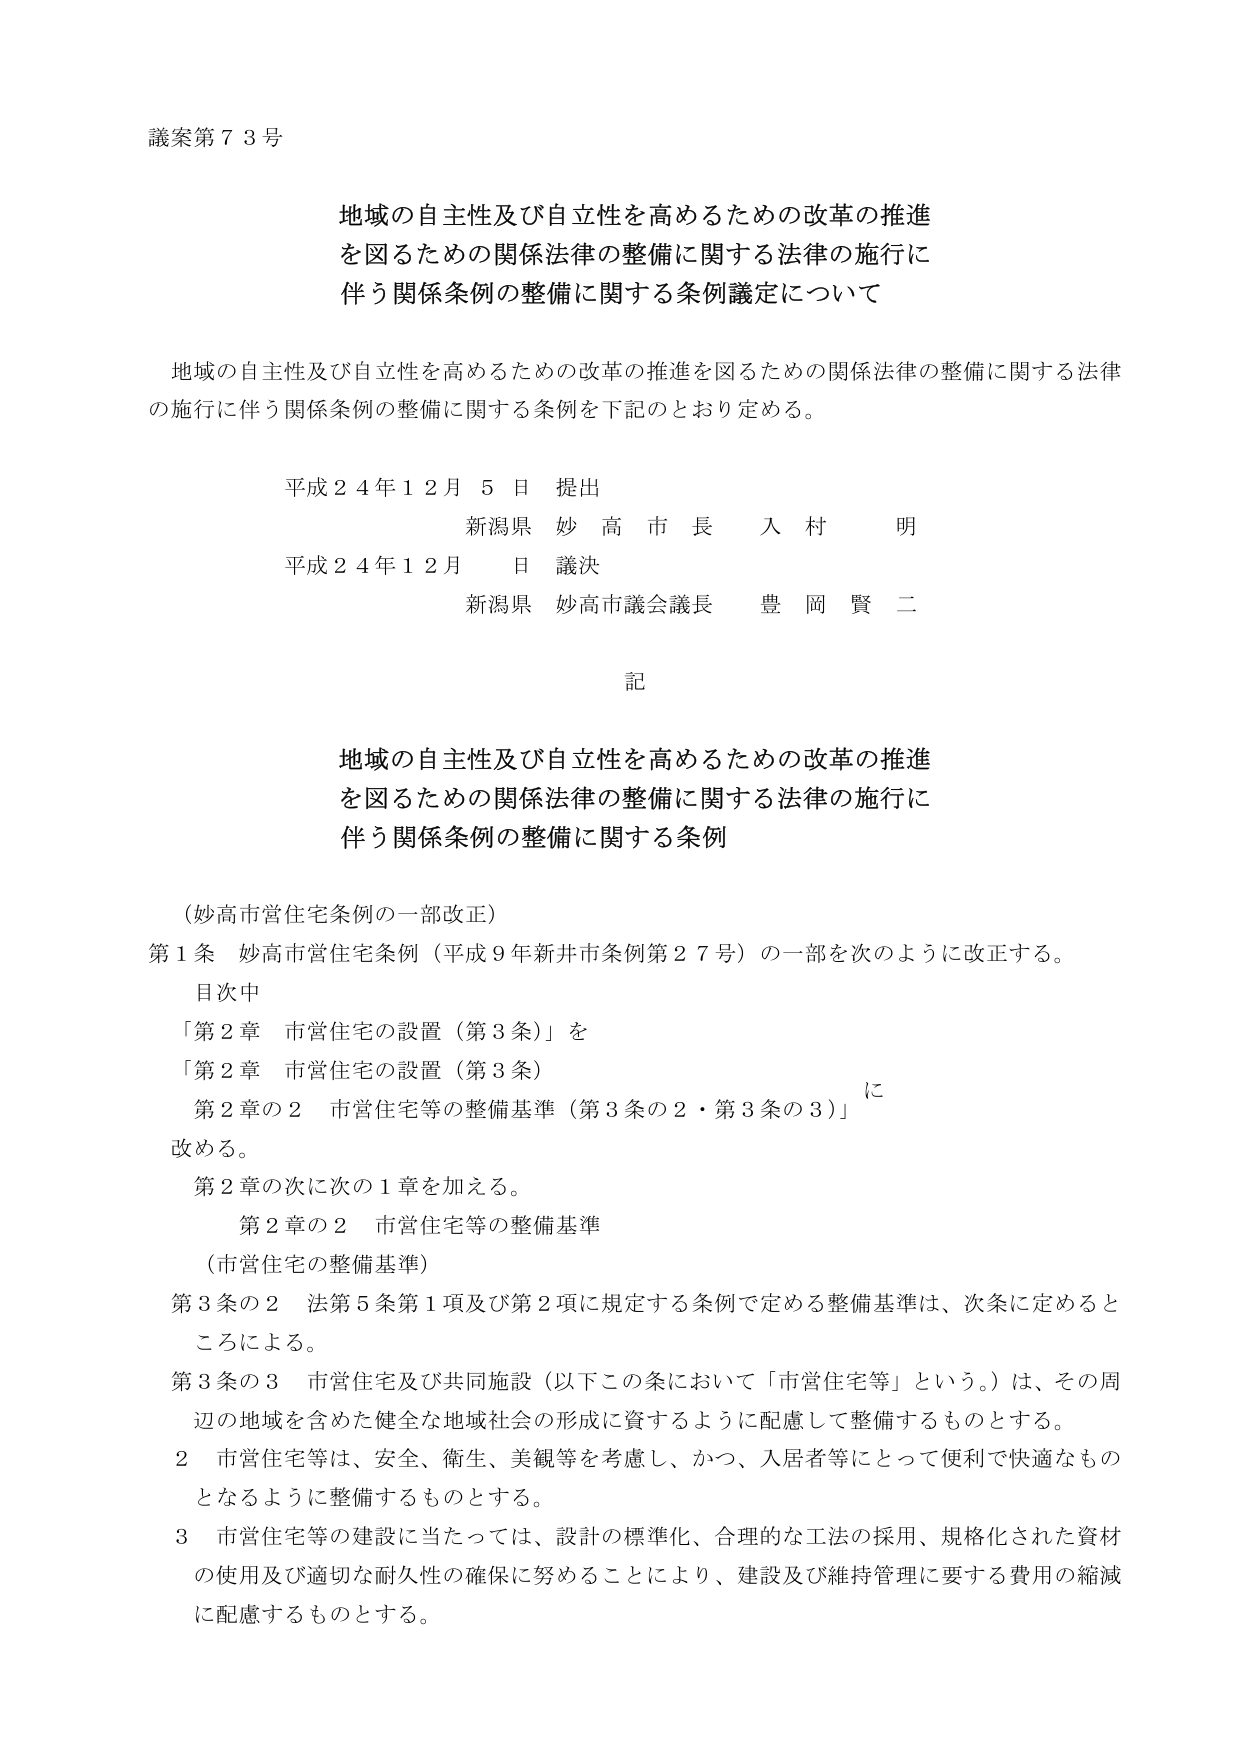
議案第７３号

地域の自主性及び自立性を高めるための改革の推進
を図るための関係法律の整備に関する法律の施行に
伴う関係条例の整備に関する条例議定について

地域の自主性及び自立性を高めるための改革の推進を図るための関係法律の整備に関する法律
の施行に伴う関係条例の整備に関する条例を下記のとおり定める。

平成２４年１２月５日 提出
新潟県 妙高市長 入村 明
平成２４年１２月 日 議決
新潟県 妙高市議会議長 豊岡 賢二

記

地域の自主性及び自立性を高めるための改革の推進
を図るための関係法律の整備に関する法律の施行に
伴う関係条例の整備に関する条例

（妙高市営住宅条例の一部改正）
第１条 妙高市営住宅条例（平成９年新井市条例第２７号）の一部を次のように改正する。
　目次中
　「第２章 市営住宅の設置（第３条）」を
　「第２章 市営住宅の設置（第３条）
　　　第２章の２ 市営住宅等の整備基準（第３条の２・第３条の３）」
　に
　改める。
　第２章の次に次の１章を加える。
　　　第２章の２ 市営住宅等の整備基準
　（市営住宅の整備基準）
第３条の２ 法第５条第１項及び第２項に規定する条例で定める整備基準は、次条に定めるところによる。
第３条の３ 市営住宅及び共同施設（以下この条において「市営住宅等」という。）は、その周
　辺の地域を含めた健全な地域社会の形成に資するように配慮して整備するものとする。
　２ 市営住宅等は、安全、衛生、美観等を考慮し、かつ、入居者等にとって便利で快適なもの
　となるように整備するものとする。
　３ 市営住宅等の建設に当たっては、設計の標準化、合理的な工法の採用、規格化された資材
　の使用及び適切な耐久性の確保に努めることにより、建設及び維持管理に要する費用の縮減
　に配慮するものとする。